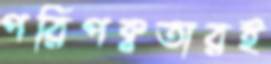
পরিপক্বতারই